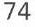
74